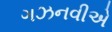
ગઝનવીએ